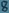
Text: 8